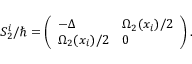
S _ { 2 } ^ { i } / \hbar = \left( \begin{array} { l l } { - \Delta } & { \Omega _ { 2 } ( x _ { i } ) / 2 } \\ { \Omega _ { 2 } ( x _ { i } ) / 2 } & { 0 } \end{array} \right) .